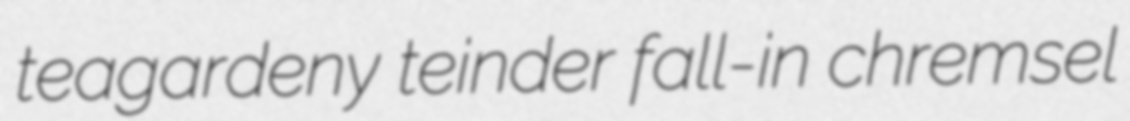
teagardeny teinder fall-in chremsel